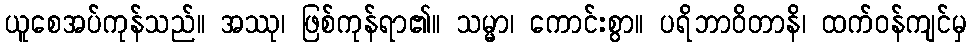
ယူစေအပ်ကုန်သည်။ အဿု၊ ဖြစ်ကုန်ရာ၏။ သမ္မာ၊ ကောင်းစွာ။ ပရိဘာဝိတာနိ၊ ထက်ဝန်ကျင်မှ